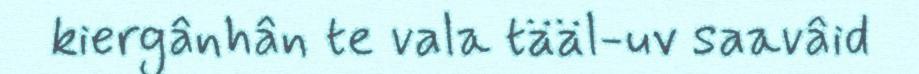
kiergânhân te vala tääl-uv saavâid